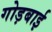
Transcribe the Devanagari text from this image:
गोड़बाई